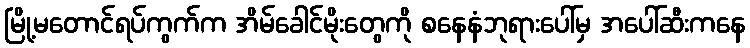
မြို့မတောင်ရပ်ကွက်က အိမ်ခေါင်မိုးတွေကို စနေနံဘုရားပေါ်မှ အပေါ်ဆီးကနေ